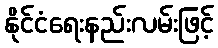
နိုင်ငံရေးနည်းလမ်းဖြင့်